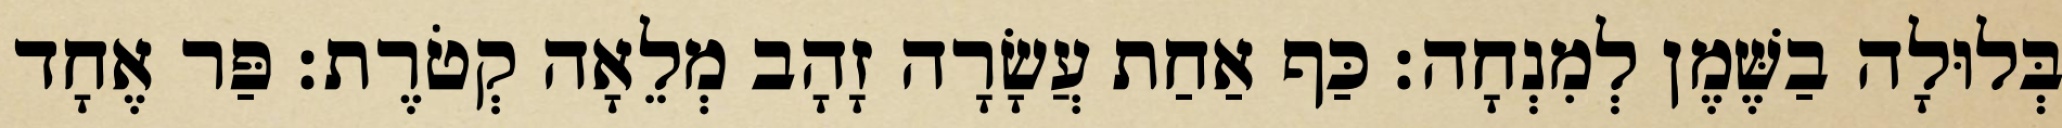
בְּלוּלָה בַשֶּׁמֶן לְמִנְחָה׃ כַּף אַחַת עֲשָׂרָה זָהָב מְלֵאָה קְטֹרֶת׃ פַּר אֶחָד